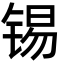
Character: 锡